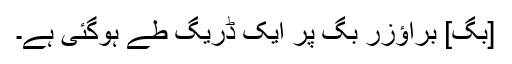
[بگ] براؤزر بگ پر ایک ڈریگ طے ہوگئی ہے۔